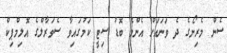
ސެން މެރިނޯގެ ދެ ވަނައަށް އެންމެ ބޮޑު ސިޓީ ކަމުގައިވާ ސެވަރާލްގެ އޮލިމްޕިކް